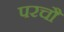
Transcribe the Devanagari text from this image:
परचौ